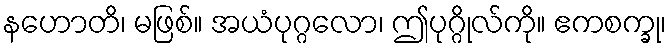
နဟောတိ၊ မဖြစ်။ အယံပုဂ္ဂလော၊ ဤပုဂ္ဂိုလ်ကို။ ဧကစက္ခု၊